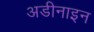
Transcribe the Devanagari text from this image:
अडीनाइन